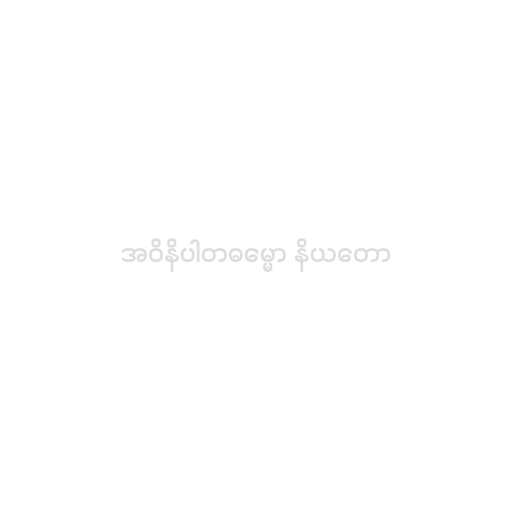
အဝိနိပါတဓမ္မော နိယတော